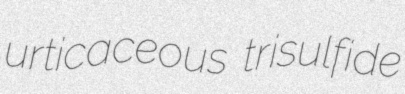
urticaceous trisulfide